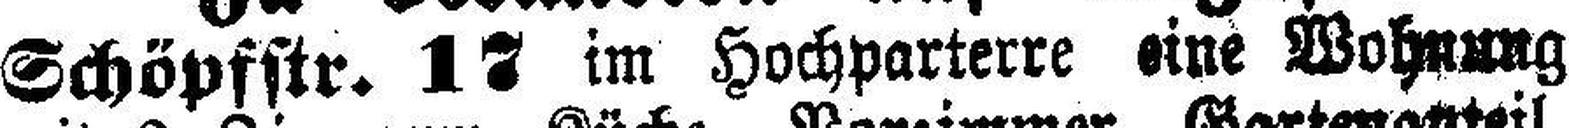
Schöpfstr. 17 im Hochparterre eine Wohnung